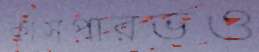
কাসপারভও